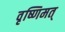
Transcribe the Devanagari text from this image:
वृष्णिमत्